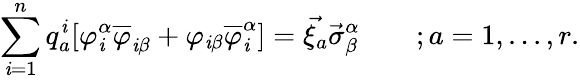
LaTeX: \sum_{\mathit{i}=1}^{n}q_{a}^{\mathit{i}}[\varphi_{\mathit{i}}^{\alpha}\overline{{{{\varphi}}}}_{\mathit{i}\beta}+\varphi_{\mathit{i}\beta}\overline{{{{\varphi}}}}_{\mathit{i}}^{\alpha}]=\vec{{\xi_{a}}}\vec{{\sigma}}_{\beta}^{\alpha}\qquad;a=1,...,r.